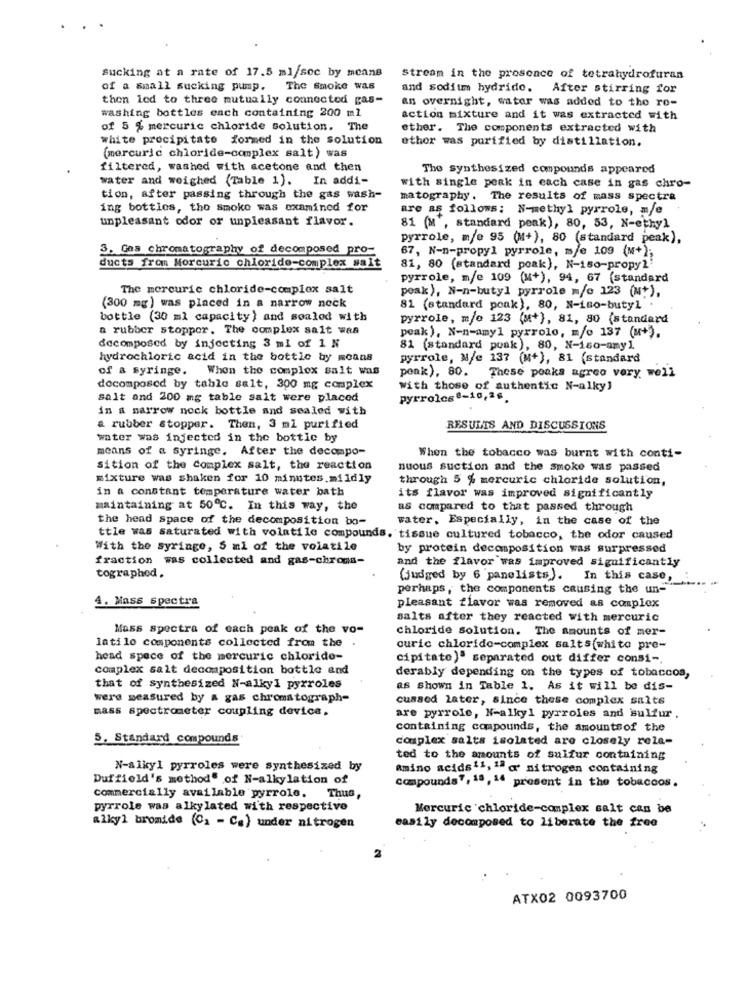
Sucking at a rate of 17.5 ml/soc by means
Stream in the presence of tetrahydrofuran
of a small sucking pump.
The smoke was
and soditm hydride.
After stirring for
then led to three mutually connected gas-
an overnight, water was added to the ro-
washing bottles each containing 200 ml
action mixture and it was extracted with
of 5 % mercuric chloride solution. The
ether. The components extracted with
white precipitato formed in the solution
ethor was purified by distillation.
(mercuric chloride-complex salt) was
filtered, washed with acetone and then
The synthesized compounds appeared
water and weighed (Table 1). In addi-
with single peak in each case in gas chro-
tion, after passing through the gas wash-
matography. The results of mass spectra
ing bottles, the smoke was examined for
are as follows; N-methyl pyrrole, m/e
unpleasant odor or unpleasant flavor.
81 (M , standard peak), 80, 53, N-ethyl
pyrrole, m/e 95 (M+), 80 (standard peak),
3. Gas chromatography of decomposed pro-
67, N-n-propyl pyrrole, m/e 109 (M+);
ducts from Morcuric chloride-complex salt
81, 80 (standard poak), N-160-propy2
pyrrole, m/e 109 (M+), 94, 67 (standard
The mercurie chloride-complex salt
peak), N-n-butyl pyrrole m/e 123 (N+),
(300 mg) was placed in a narrow neck
81 (standard peak), 80, N-160-butyl .
bottle (30 ml capacity) and soalod with
pyrrole, m/o 123 (M*), 81, 80 (standard
a rubber stoppor. The complex salt was
peak), N-n-amyl pyrrolo, m/o 187 (u+).
decomposed by injecting 3 ml of 1 N
81 (standard poak), 80, N-160-amy1
hydrochloric acid in the bottle by means
pyrrole, M/e 137 (M+), 81 (standard
of a syringe. When the complex salt was
peak), 80. These poaks agree very well
docomposed by table salt, 300 mg complex
With those of authentic N-alkyl
salt and 200 mg table salt were placed
pyrrolcs8-10,26.
in a narrow nock bottle and sealed with
a rubber stopper. Then, 3 ml purified
RESULTS AND DISCUSSIONS
water was injected in the bottle by
means of a syringe. After the decompo-
When the tobacco was burnt with conti-
sition of the Complex salt, the reaction
nuous suction and the smoke was passed
mixture was shaken for 10 minutes.mildly
through 5 % mercuric chloride solution,
in a constant temperature water bath
its flavor was improved significantly
maintaining at 50℃. In this way, the
as compared to that passed through
the head space of the decomposition bo-
water, Especially, in the case of the
ttle was saturated with volatile compounds. tissue cultured tobacco, the odor caused
With the syringe, 5 ml of the volatile
by protein decomposition was surpressed
fraction was collected and gas-chroms-
and the flavor was improved significantly
tographod .
(judged by 6 panelists). In this case,
perhaps, the components causing the un-
4. Mass spectra
pleasant flavor was removed as complex
salts after they reacted with mercuric
Mass Spectra of each peak of the vo-
chloride solution. The amounts of mer-
latilo components collected from the
curic chloride-complex salts(white pre-
head space of the mercuric chloride-
cipitato)" separated out differ consi-
complex salt decomposition bottle and
derably depending on the types of tobaccoa,
that of synthesized N-alkyl pyrroles
as shown in Table 1. As it will be dis-
were measured by a gas chromatograph-
cussed later, since these complex salts
mass spectrometer coupling device,
are pyrrole, N-alkyl pyrroles and sulfur .
containing compounds, the amountsof the
5. Standard compounds
complex salts isolated are closely rele-
ted to the amounts of sulfur containing
N-alkyl pyrroles were synthesized by
Amino acids11, 1ª q' nitrogen containing
Duffield's method" of N-alkylation of
compounds7, 18,14 present in the tobaccos.
commercially available pyrrole. Thus,
pyrrole was alkylated with respective
Mercuric chloride-complex salt can be
alkyl bromide (C1 - C.) under nitrogen
easily decomposed to liberate the free
ATX02 0093700